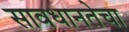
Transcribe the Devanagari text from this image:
सावधानतेचा